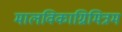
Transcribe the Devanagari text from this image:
मालविकाग्निमित्रम